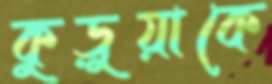
কুড়ুয়াকে